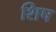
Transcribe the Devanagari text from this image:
शिष